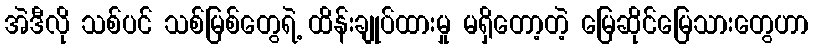
အဲဒီလို သစ်ပင် သစ်မြစ်တွေရဲ့ ထိန်းချုပ်ထားမှု မရှိတော့တဲ့ မြေဆိုင်မြေသားတွေဟာ